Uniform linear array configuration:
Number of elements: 48
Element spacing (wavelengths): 0.5
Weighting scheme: exponential
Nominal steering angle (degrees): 45
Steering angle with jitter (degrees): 43.381
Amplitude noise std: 0.05
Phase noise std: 0.05

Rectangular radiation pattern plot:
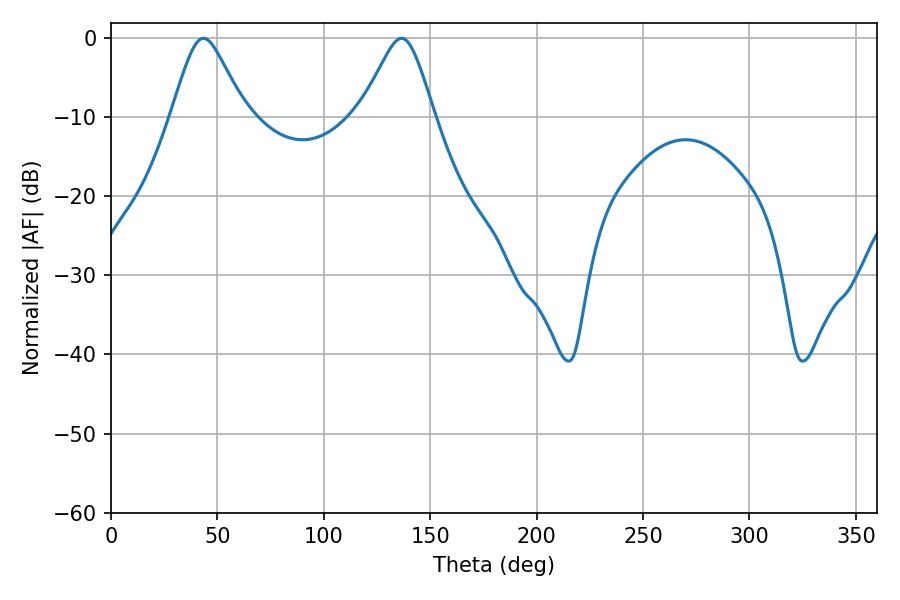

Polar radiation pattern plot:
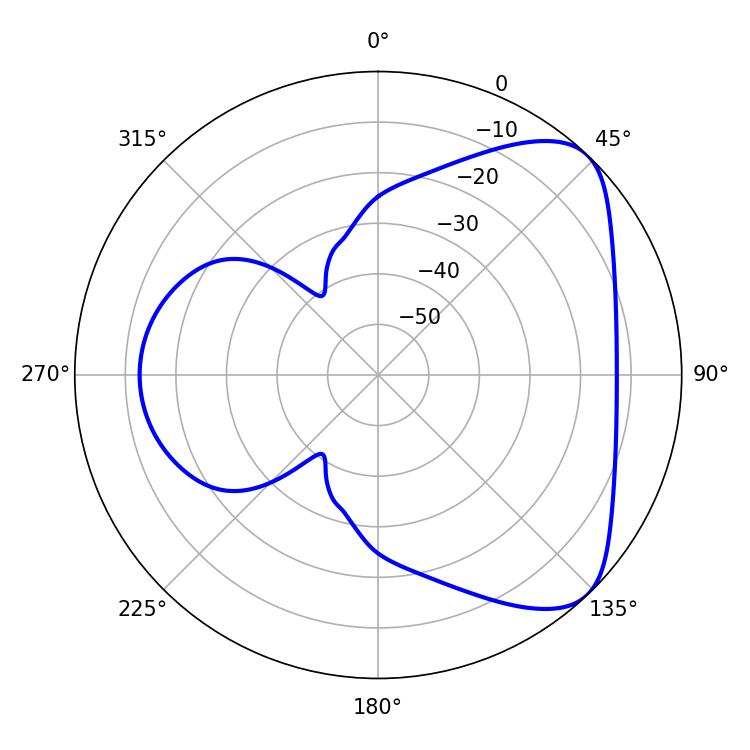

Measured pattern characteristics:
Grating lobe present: FALSE
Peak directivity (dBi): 6.078
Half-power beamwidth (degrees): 16.56
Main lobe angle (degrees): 43.38